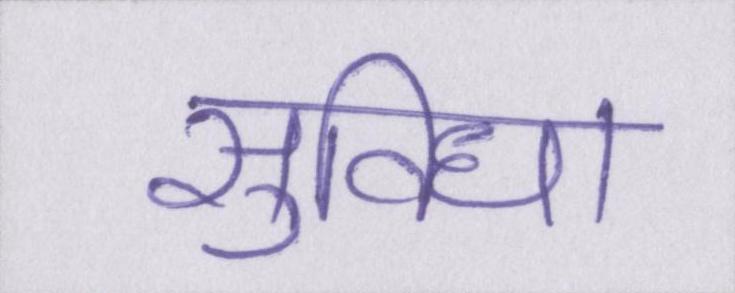
सुविधा